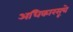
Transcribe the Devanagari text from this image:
अधिकारसूत्रे